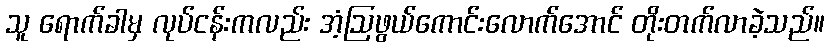
သူ ရောက်ခါမှ လုပ်ငန်းကလည်း အံ့ဩဖွယ်ကောင်းလောက်အောင် တိုးတက်လာခဲ့သည်။